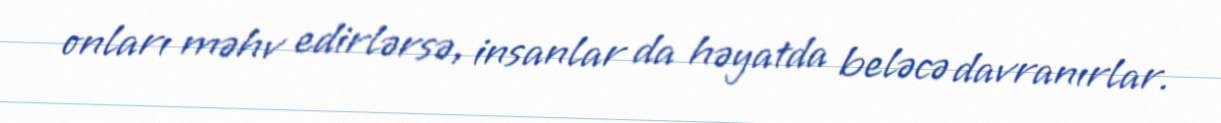
onları məhv edirlərsə, insanlar da həyatda beləcə davranırlar.